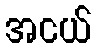
အငယ်